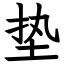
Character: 垫